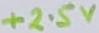
Text: +2.5V